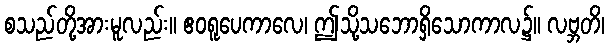
စသည်တို့အားမူလည်း။ ဧဝရူပေကာလေ၊ ဤသို့သဘောရှိသောကာလ၌။ လဗ္ဘတိ၊